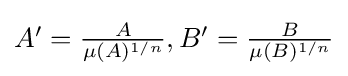
{\textstyle A'={\frac {A}{\mu (A)^{1/n}}},B'={\frac {B}{\mu (B)^{1/n}}}}